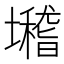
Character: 𡓈